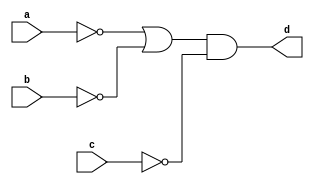
// (A)
module bf1_a(
    input a,
    input b,
    input c,

    output d
);

assign d = ( (~a) || (~b) ) && (~c);

endmodule


// (B)
module bf1_b(
    input a,
    input b,
    input c,

    output d
);

assign d = ~( ~(a && b) || c);

endmodule